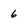
Character: 6